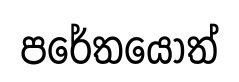
පරේතයොත්